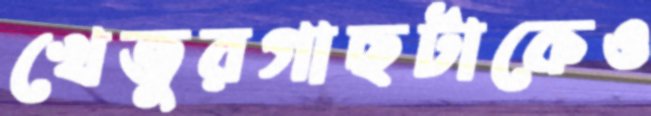
খেজুরগাছটাকেও